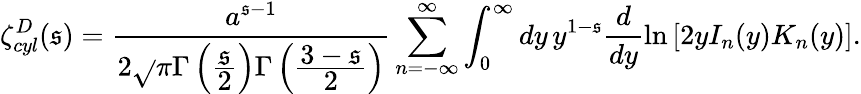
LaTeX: \zeta_{cyl}^{D}(\mathfrak{s})=\frac{{a^{\mathfrak{s}-1}}}{{2\sqrt{}{{\pi}}\Gamma\left(\frac{{\displaystyle\mathfrak{s}}}{{\displaystyle2}}\right)\Gamma\left(\frac{{\displaystyle3-\mathfrak{s}}}{{\displaystyle2}}\right)}}\sum_{n=-\infty}^{\infty}\int_{0}^{\infty}dy\, y^{1-\mathfrak{s}}\frac{{d}}{{dy}}\ln\left[2yI_{n}(y)K_{n}(y)\right].